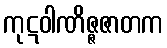
ကုဋဝါဏိဇ္ဇဇာတက